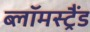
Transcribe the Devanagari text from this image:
ब्लॉमस्ट्रैंड